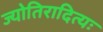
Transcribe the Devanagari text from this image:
ज्योतिरादित्यः